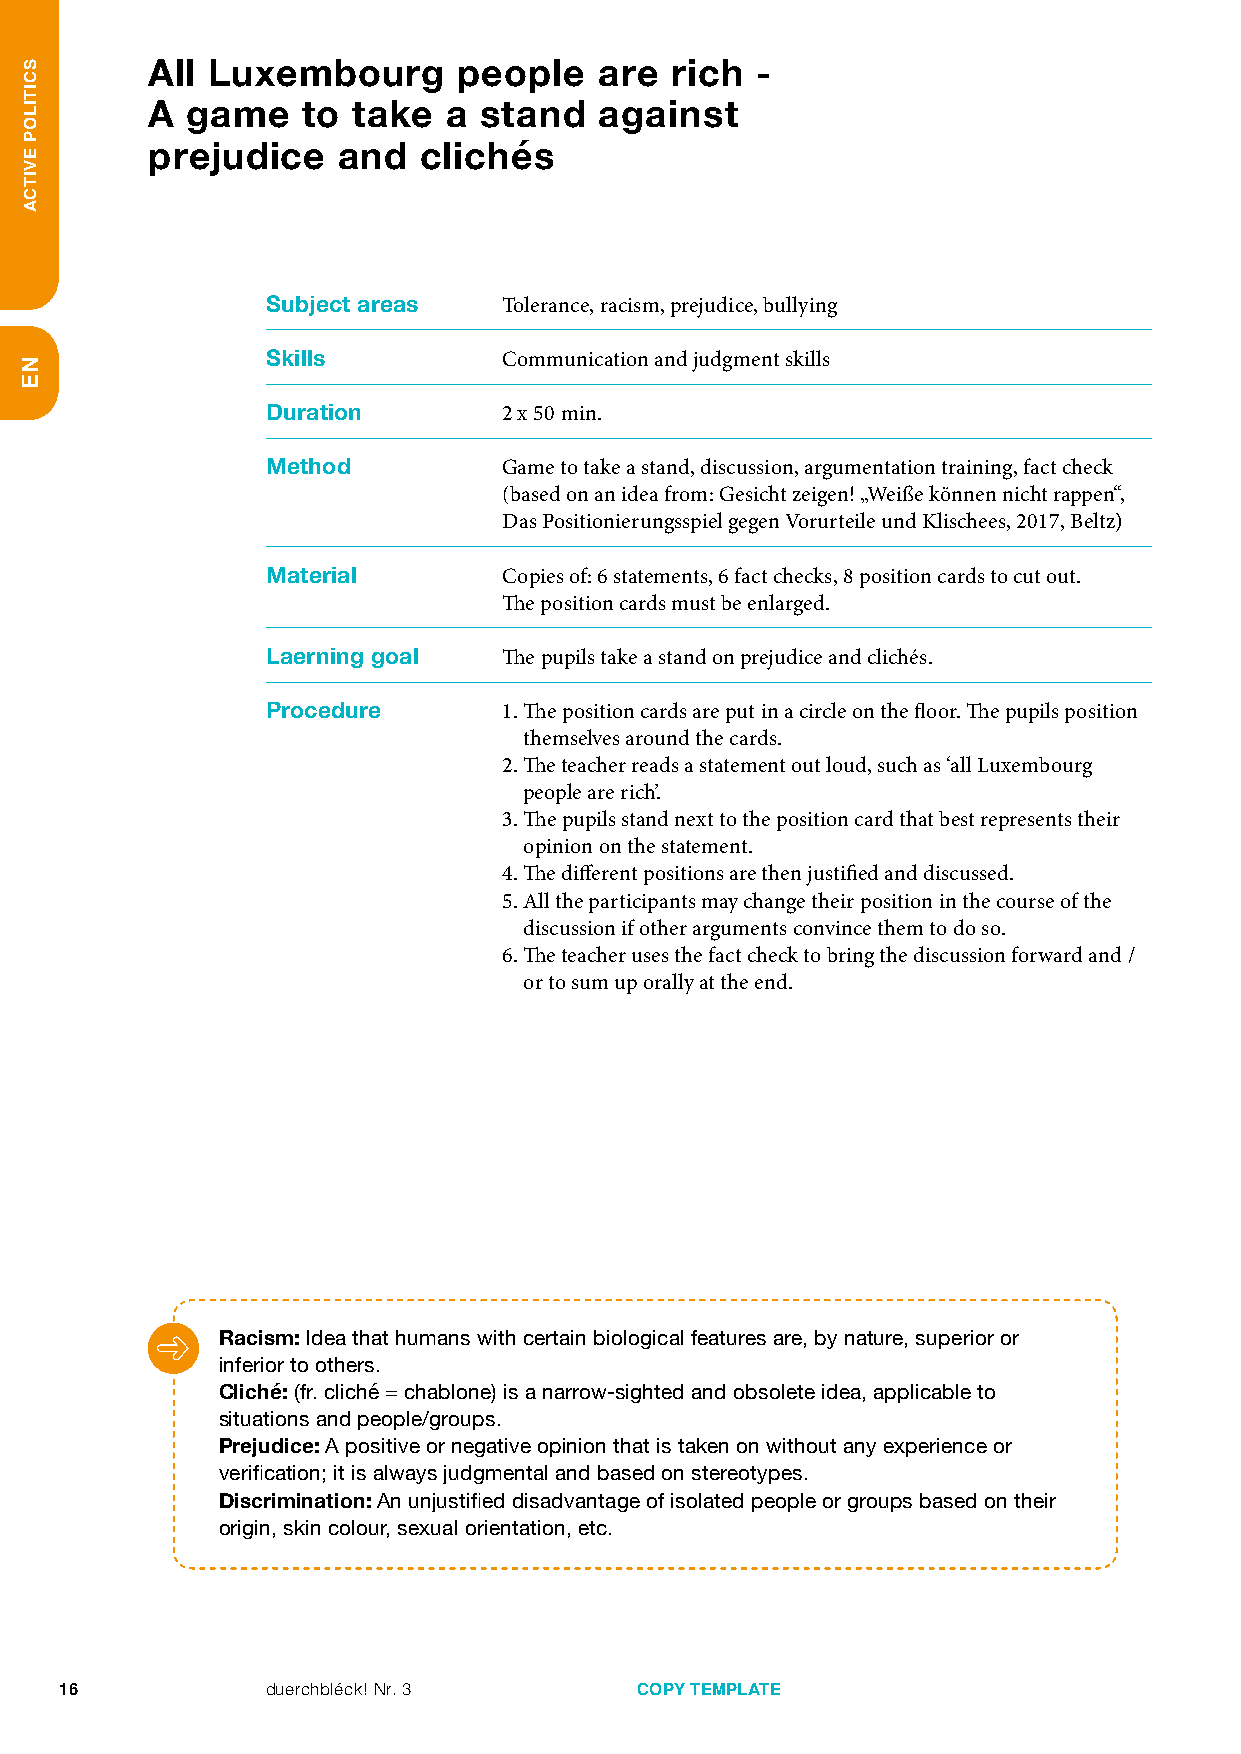
All Luxembourg      people    are rich  -
 A game    to take   a stand   against
 prejudice   and   clichés
 Subject areas  T olerance, racism, prejudice, bullying
 Skills         Communication and judgment skills
 Duration       2 x 50 min.
 Method         Game to take a stand, discussion, argumentation training, fact check
 (based on an idea from: Gesicht zeigen! „Weiße können nicht rappen“,
 Das Positionierungsspiel gegen Vorurteile und Klischees, 2017, Beltz)
 Material       Copies of: 6 statements, 6 fact checks, 8 position cards to cut out.
 The position cards must be enlarged.
 Laerning goal  Th e pupils take a stand on prejudice and clichés.
 Procedure      1. The position cards are put in a circle on the floor. The pupils position
 themselves around the cards.
 2. The teacher reads a statement out loud, such as ‘all Luxembourg
 people are rich’.
 3. The pupils stand next to the position card that best represents their
 opinion on the statement.
 4. The different positions are then justified and discussed.
 5. All the participants may change their position in the course of the
 discussion if other arguments convince them to do so.
 6. The teacher uses the fact check to bring the discussion forward and /
 or to sum up orally at the end.
 Racism: Idea that humans with certain biological features are, by nature, superior or
 inferior to others.
 Cliché: (fr. cliché = chablone) is a narrow-sighted and obsolete idea, applicable to
 situations and people/groups.
 Prejudice: A positive or negative opinion that is taken on without any experience or
 verification; it is always judgmental and based on stereotypes.
 Discrimination: An unjustified disadvantage of isolated people or groups based on their
 origin, skin colour, sexual orientation, etc.
 16            duerchbléck! Nr. 3      COPY TEMPLATE
 SCITILOP
 EVITCA
 NE